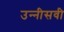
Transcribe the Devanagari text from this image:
उन्‍नीसवी